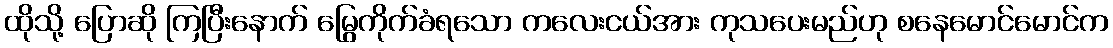
ထိုသို့ ပြောဆို ကြပြီးနောက် မြွေကိုက်ခံရသော ကလေးငယ်အား ကုသပေးမည်ဟု စနေမောင်မောင်က